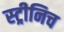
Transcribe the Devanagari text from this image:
स्ट्रीनिच